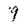
Character: 9